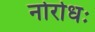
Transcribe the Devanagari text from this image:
नोरोधः